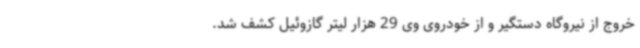
خروج از نیروگاه دستگیر و از خودروی وی 29 هزار لیتر گازوئیل کشف شد.